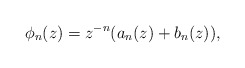
\begin{align*} \phi_n (z) = z^{-n} ( a_n(z) + b_n(z) ),\end{align*}